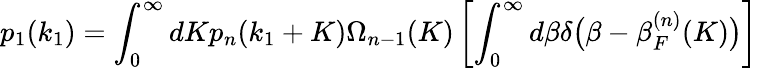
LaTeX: p_{1}(k_{1})=\int_{0}^{\infty}dKp_{n}(k_{1}+K)\Omega_{n-1}(K)\left[\int_{0}^{\infty}d\beta\delta\big(\beta-\beta_{F}^{(n)}(K)\big)\right]